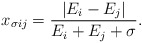
\begin{align*}x_{\sigma ij} = {|E_i - E_j|\over E_i + E_j + \sigma}.\end{align*}